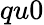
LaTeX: qu0